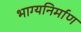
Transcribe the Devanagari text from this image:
भाग्यनिर्माण